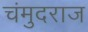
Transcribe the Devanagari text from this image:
चंमुदराज